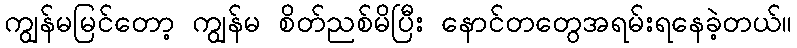
ကျွန်မမြင်တော့ ကျွန်မ စိတ်ညစ်မိပြီး နောင်တတွေအရမ်းရနေခဲ့တယ်။